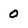
Character: 0